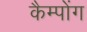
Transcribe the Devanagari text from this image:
कैम्पोंग